Punjab Mental Hospital Lahore 1922-31 - 1922-1931
Year: 1922
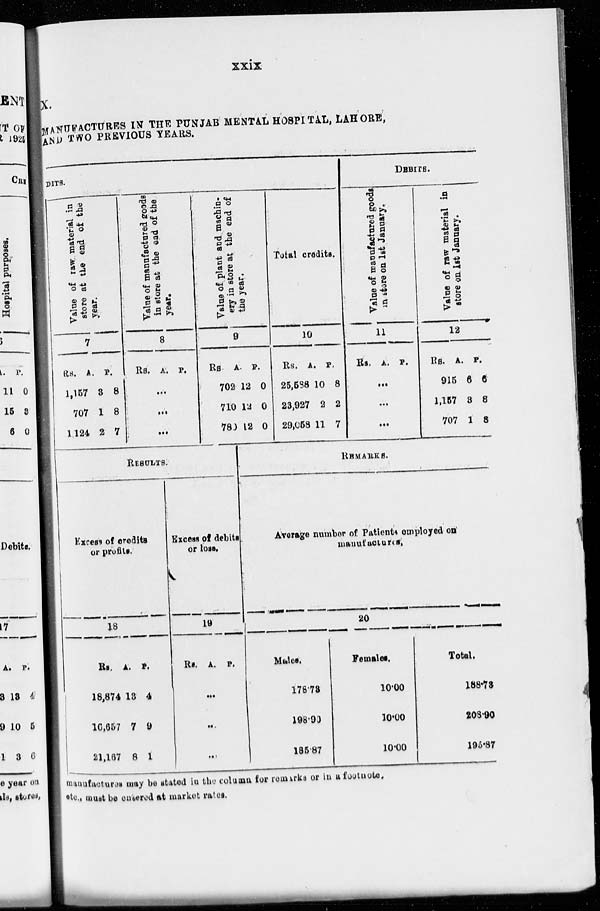
xxix
X.
MANUFACTURES IN THE PUNJAB MENTAL HOSPITAL, LAHORE,
AND TWO PREVIOUS YEARS.
DITS.
Value of raw material in
store at the
end of the
year.
7
Rs.
1,157
707
1,124
A.
3
1
2
P.
8
8
7
Value of manufactured goods
in store at the end of the
year.
8
Rs. A. P.
...
...
...
Value of plant and machin-
ery in store at the end of
the year.
9
Rs.
702
710
780
RESULTS.
Excess of credits
or profits
18
Rs.
18,874
16,657
21,167
A.
13
7
8
P.
4
9
1
Excess of debits
or loss.
19
Rs. A. P.
...
...
...
A.
12
12
12
P.
0
0
0
Total credits.
10
Rs.
25,538
23,927
29,058
A.
10
2
11
P.
8
2
7
DEBITS.
Value of manufactured goods
in store on 1st January.
11
Rs. A. P.
...
...
...
Value of raw material in
store
on 1st January.
12
Rs.
915
1,157
707
A.
6
3
1
P.
6
3
3
REMARKS.
Average number of Patients employed on
manufactures.
20
Males.
178.73
198.90
185.87
Females.
10.00
10.00
10.00
Total.
188.73
208.90
195.87
manufactures may be stated in the column for remarks or in a footnote,
etc., must be entered at market rates.